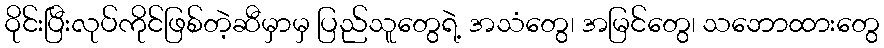
ဝိုင်းပြီးလုပ်ကိုင်ဖြစ်တဲ့ဆီမှာမှ ပြည်သူတွေရဲ့ အသံတွေ၊ အမြင်တွေ၊ သဘောထားတွေ